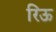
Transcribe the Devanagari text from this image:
रिऊ